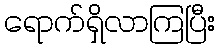
ရောက်ရှိလာကြပြီး